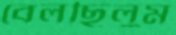
বেলছিলুম